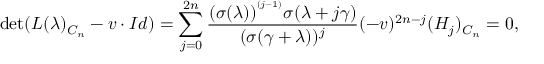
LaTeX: \operatorname * { d e t } ( L ( \lambda ) _ { C _ { n } } - v \cdot I d ) = \sum _ { j = 0 } ^ { 2 n } \frac { ( \sigma ( \lambda ) ) ^ { ^ { ( j - 1 ) } } \sigma ( \lambda + j \gamma ) } { ( \sigma ( \gamma + \lambda ) ) ^ { j } } ( - v ) ^ { 2 n - j } ( H _ { j } ) _ { C _ { n } } = 0 ,